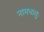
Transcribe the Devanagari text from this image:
नामधातुः